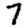
Digit: 7